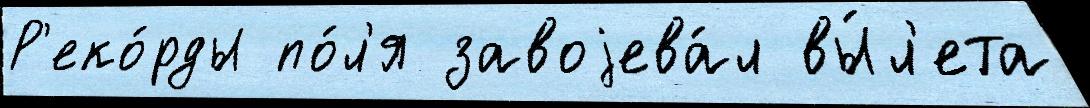
Р'еко́рды по́л'я завоjева́л вы́л'ета